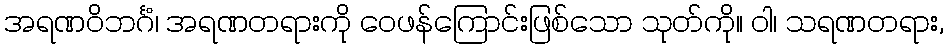
အရဏဝိဘင်္ဂံ၊ အရဏတရားကို ဝေဖန်ကြောင်းဖြစ်သော သုတ်ကို။ ဝါ၊ သရဏတရား,